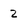
Character: 2